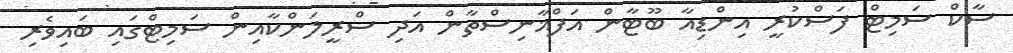
ސާކް ސަމިޓް ފަސްކުރީ އިންޑިއާ ބޫޓާން އަފްޣާނިސްތާން އަދި ސްރީލަންކާއިން ސަމިޓްގައި ބައިވެރި